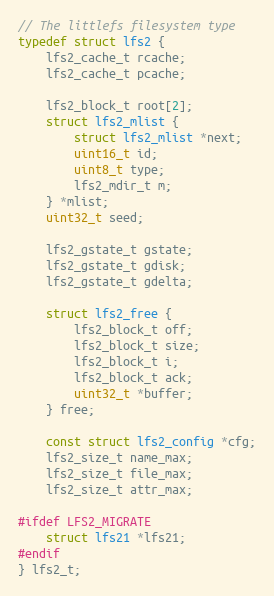
Language: C
// The littlefs filesystem type
typedef struct lfs2 {
    lfs2_cache_t rcache;
    lfs2_cache_t pcache;

    lfs2_block_t root[2];
    struct lfs2_mlist {
        struct lfs2_mlist *next;
        uint16_t id;
        uint8_t type;
        lfs2_mdir_t m;
    } *mlist;
    uint32_t seed;

    lfs2_gstate_t gstate;
    lfs2_gstate_t gdisk;
    lfs2_gstate_t gdelta;

    struct lfs2_free {
        lfs2_block_t off;
        lfs2_block_t size;
        lfs2_block_t i;
        lfs2_block_t ack;
        uint32_t *buffer;
    } free;

    const struct lfs2_config *cfg;
    lfs2_size_t name_max;
    lfs2_size_t file_max;
    lfs2_size_t attr_max;

#ifdef LFS2_MIGRATE
    struct lfs21 *lfs21;
#endif
} lfs2_t;